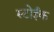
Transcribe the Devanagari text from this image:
स्टोईक